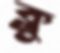
ক্লু